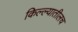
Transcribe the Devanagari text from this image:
किल्ल्यातीलच